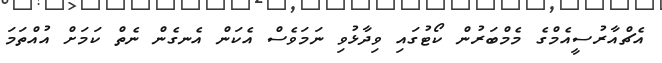
އެޗްއާރުސީއެމްގެ މެމްބަރުން ކޯޓުގައި ވިދާޅުވި ނަމަވެސް އެކަން އެނގެން ނެތް ކަމަށް އުއްތަމަ